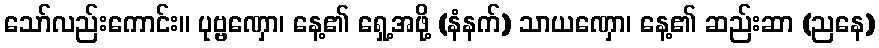
သော်လည်းကောင်း။ ပုဗ္ဗဏှော၊ နေ့၏ ရှေ့အဖို့ (နံနက်) သာယဏှော၊ နေ့၏ ဆည်းဆာ (ညနေ)